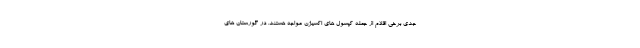
جدی برخی اقلام از جمله کپسول های اکسیژن مواجه هستند. در گورستان های